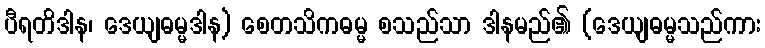
ပီရတိဒါန၊ ဒေယျဓမ္မဒါန) စေတသိကဓမ္မ စသည်သာ ဒါနမည်၏ (ဒေယျဓမ္မသည်ကား